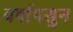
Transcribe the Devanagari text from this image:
वर्षापसुन